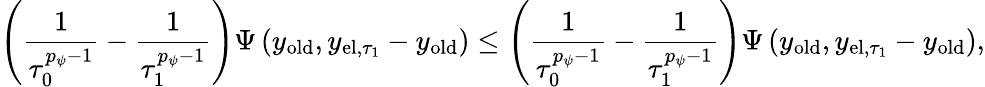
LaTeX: \left(\frac{1}{\tau_{0}^{p_{\psi}-1}}-\frac{1}{\tau_{1}^{p_{\psi}-1}}\right)\Psi\left(y_{\mathrm{old}},y_{\mathrm{el},\tau_{1}}-y_{\mathrm{old}}\right)\leq\left(\frac{1}{\tau_{0}^{p_{\psi}-1}}-\frac{1}{\tau_{1}^{p_{\psi}-1}}\right)\Psi\left(y_{\mathrm{old}},y_{\mathrm{el},\tau_{1}}-y_{\mathrm{old}}\right),